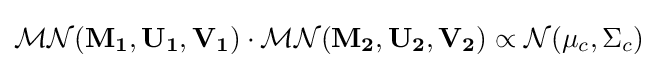
{\mathcal {MN}}(\mathbf {M_{1}} ,\mathbf {U_{1}} ,\mathbf {V_{1}} )\cdot {\mathcal {MN}}(\mathbf {M_{2}} ,\mathbf {U_{2}} ,\mathbf {V_{2}} )\propto {\mathcal {N}}(\mu _{c},\Sigma _{c})